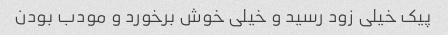
پیک خیلی زود رسید و خیلی خوش برخورد و مودب بودن